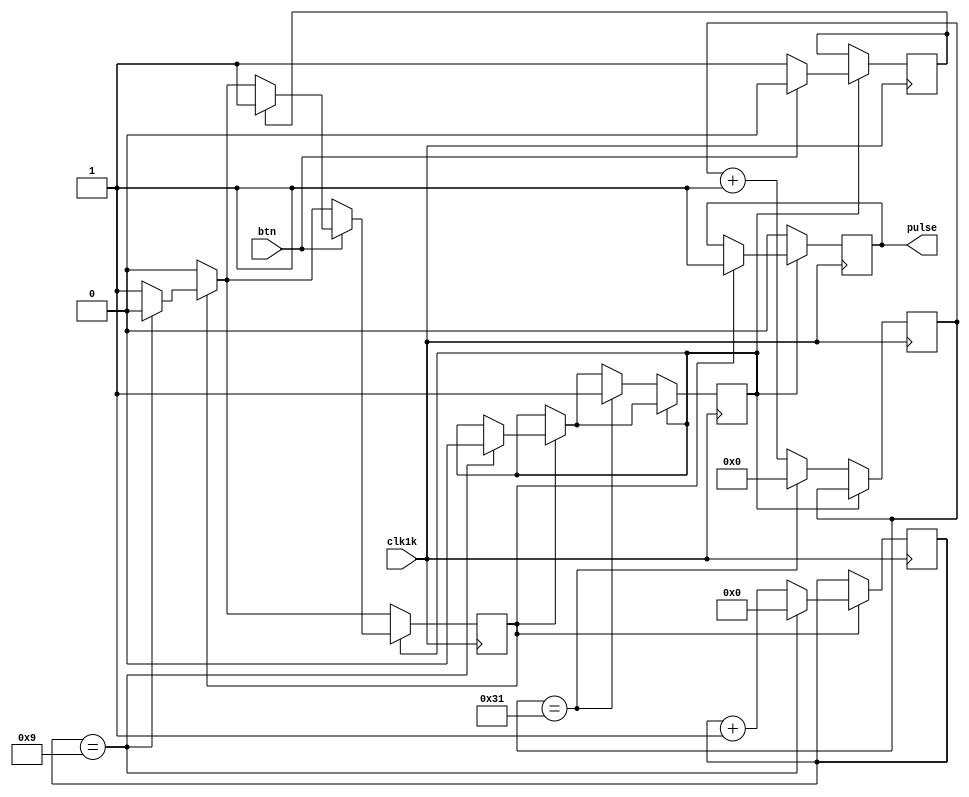
`timescale 1ns / 1ps
//////////////////////////////////////////////////////////////////////////////////
// Company: 
// Engineer: 
// 
// Design Name: 
// Module Name: single_pulse
// Project Name: 
// Target Devices: 
// Tool Versions: 
// Description: 
// 
// Dependencies: 
// 
// Revision:
// Revision 0.01 - File Created
// Additional Comments:
// 
//////////////////////////////////////////////////////////////////////////////////


module single_pulse(input clk1k, input btn, output reg pulse);
    reg btn_release      = 1;     //'1' for button release state; Otherwise '0' 
    reg detect           = 1;     //'1' for detection mode; '0' for stop detection
    reg [6:0] count_d    = 0;
    reg [4:0] count_high = 0;
    reg pulse_high       = 0;     //'1' to pulse HIGH, '0' otherwise
    
    always @ (posedge clk1k) begin
        if(pulse_high == 1) begin    //output 10ms HIGH
            pulse <= 1;
            if(count_high == 9)begin
                detect <= 0;
                count_high <= 0;
                pulse_high <= 0;
            end else begin
                count_high <= count_high + 1;
            end
        end
        
        if(detect == 1) begin
            if (btn == 1) begin
                if(btn_release == 1) begin
                    pulse_high <= 1;
                end
                btn_release <= 0;
            end else begin
                btn_release <= 1;
            end        
        end else begin //cooldown 50ms when detect is '0'
            pulse <= 0;
            if(count_d == 49) begin
                detect  <= 1;
                count_d <= 0;
            end else begin
                count_d <= count_d + 1;
            end       
        end
    end
endmodule